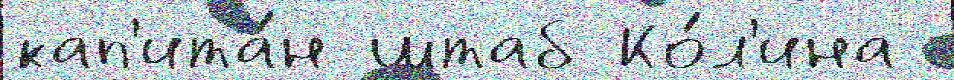
кап'ита́н штаб Ко́л'ина